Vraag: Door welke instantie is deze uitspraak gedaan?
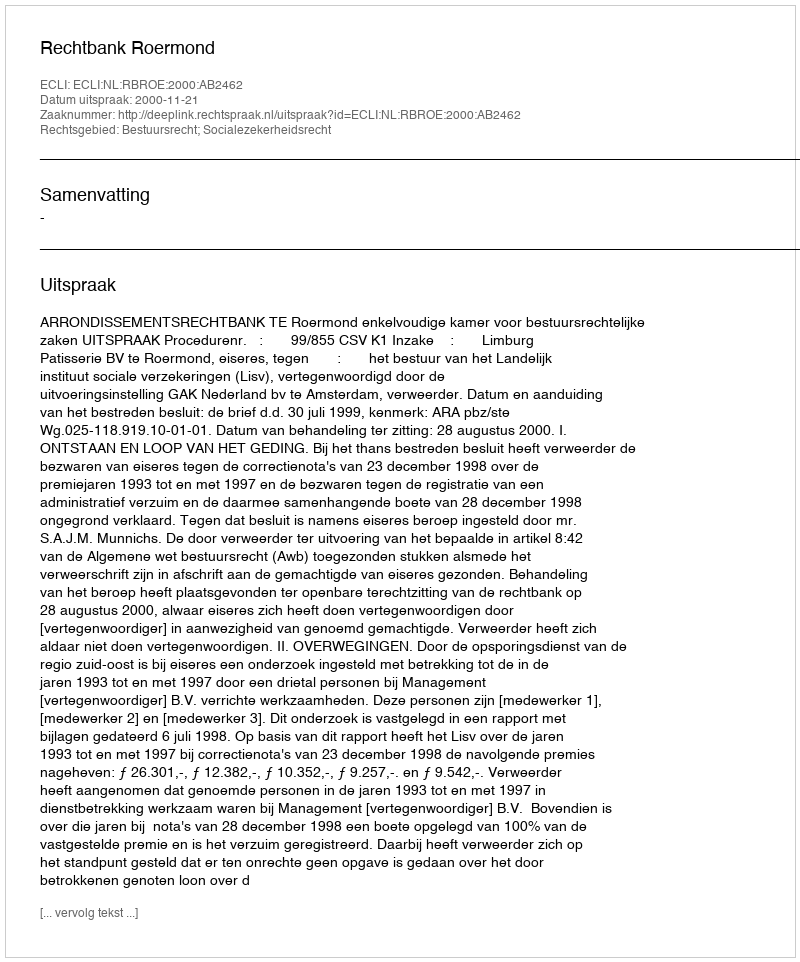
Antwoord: Rechtbank Roermond